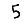
Digit: 5